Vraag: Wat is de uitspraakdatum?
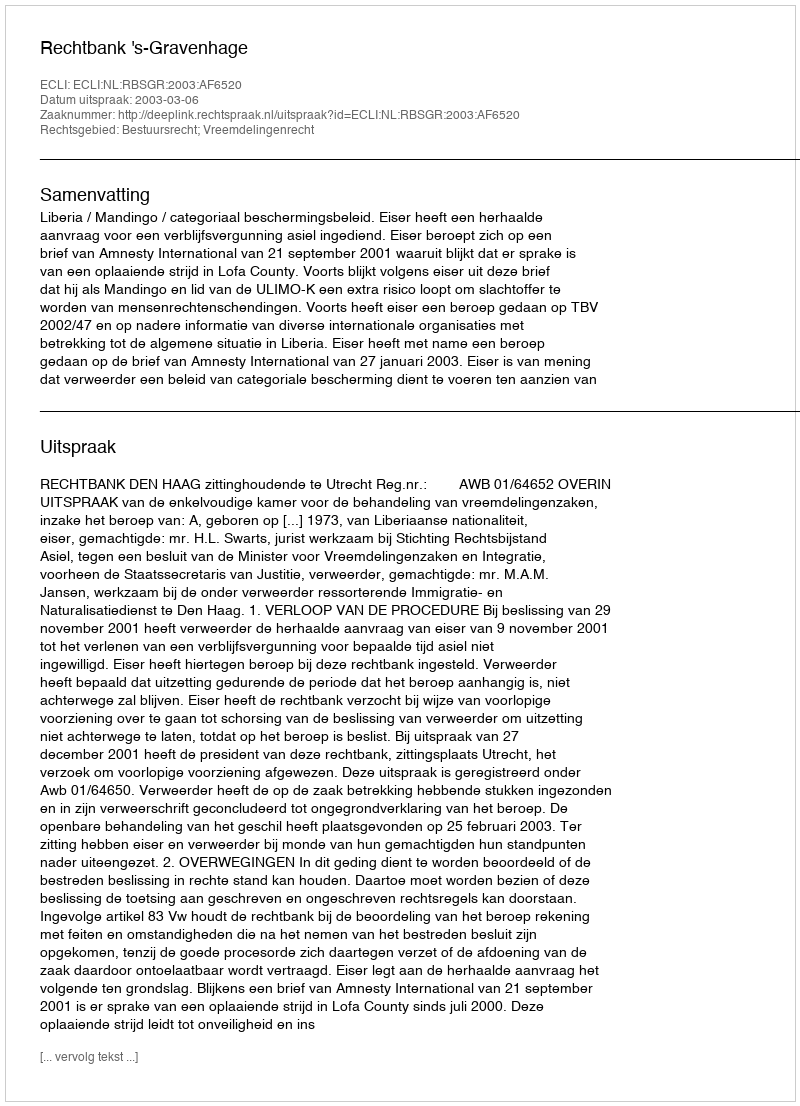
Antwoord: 2003-03-06